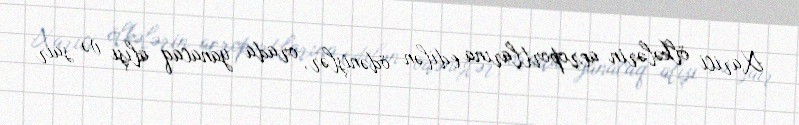
Xarici ölkələrin aeroportlarına edilən ödənişlər, orada yanacaq alışı və sair